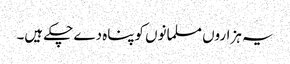
یہ ہزاروں مسلمانوں کوپناہ دے چکے ہیں۔